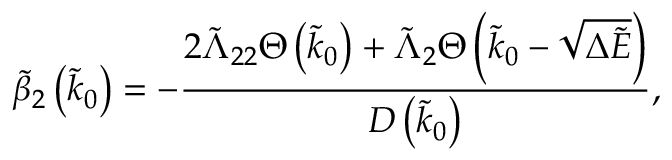
\tilde { \beta } _ { 2 } \left( \tilde { k } _ { 0 } \right) = - \frac { 2 \tilde { \Lambda } _ { 2 2 } \Theta \left( \tilde { k } _ { 0 } \right) + \tilde { \Lambda } _ { 2 } \Theta \left( \tilde { k } _ { 0 } - \sqrt { \Delta \tilde { E } } \right) } { D \left( \tilde { k } _ { 0 } \right) } ,